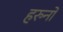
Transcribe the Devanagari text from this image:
हरुनो